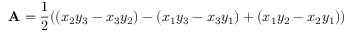
\mathbf { A } = { \frac { 1 } { 2 } } ( ( x _ { 2 } y _ { 3 } - x _ { 3 } y _ { 2 } ) - ( x _ { 1 } y _ { 3 } - x _ { 3 } y _ { 1 } ) + ( x _ { 1 } y _ { 2 } - x _ { 2 } y _ { 1 } ) )